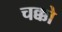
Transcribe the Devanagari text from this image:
चक्को